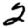
Digit: 2